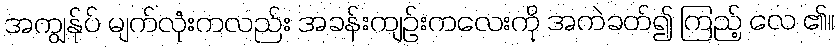
အကျွန်ုပ် မျက်လုံးကလည်း အခန်းကျဉ်းကလေးကို အကဲခတ်၍ ကြည့် လေ ၏။